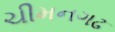
ચીમનગઢ